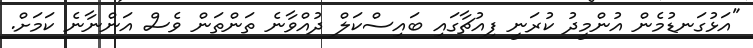
"އަޅުގަނޑުމެން އުންމީދު ކުރަނީ ފިއުޗާގައި ބައިސްކަލް ދުއްވާނެ ތަންތަން ވެސް އަންނާނެ ކަމަށް.